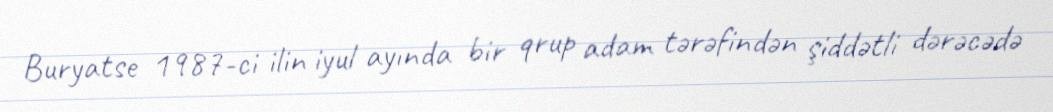
Buryatse 1987-ci ilin iyul ayında bir qrup adam tərəfindən şiddətli dərəcədə